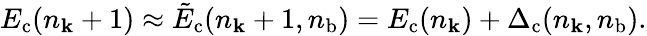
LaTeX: E_{\mathrm{c}}(n_{\mathbf k}+1)\approx\tilde{E}_{\mathrm{c}}(n_{\mathbf k}+1,{n}_{\mathrm{b}})=E_{\mathrm{c}}(n_{\mathbf k})+\Delta_{\mathrm{c}}(n_{\mathbf k},{n}_{\mathrm{b}}).